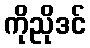
ကိုညိုဒင်